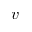
\boldsymbol { v }